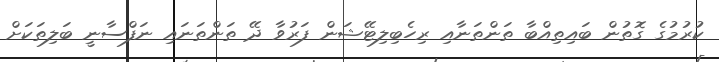
ކުރުމުގެ ގޮތުން ބައިތިއްބާ ތަންތަނާއި ރިހެބިލިޓޭޝަން ފަރުވާ ދޭ ތަންތަނައި ނަފްސާނީ ބަލިތަކަށް